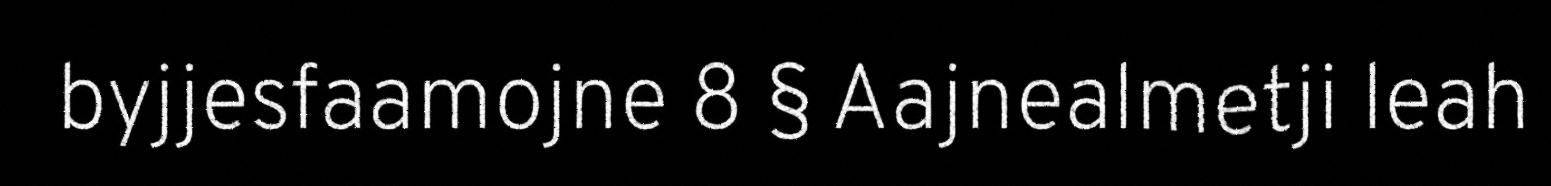
byjjesfaamojne 8 § Aajnealmetji leah